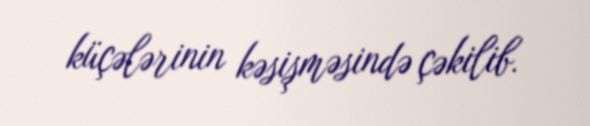
küçələrinin kəsişməsində çəkilib.